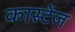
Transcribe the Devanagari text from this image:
कास्टेंज